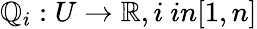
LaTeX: \mathbb{Q}_{i}:U\rightarrow\mathbb{{R}},i\ in[1,n]